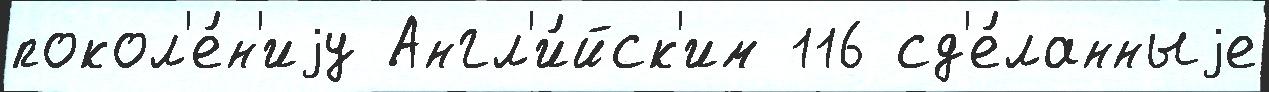
покол'е́н'иjу Англ'и́йск'им 116 сд'е́ланныjе